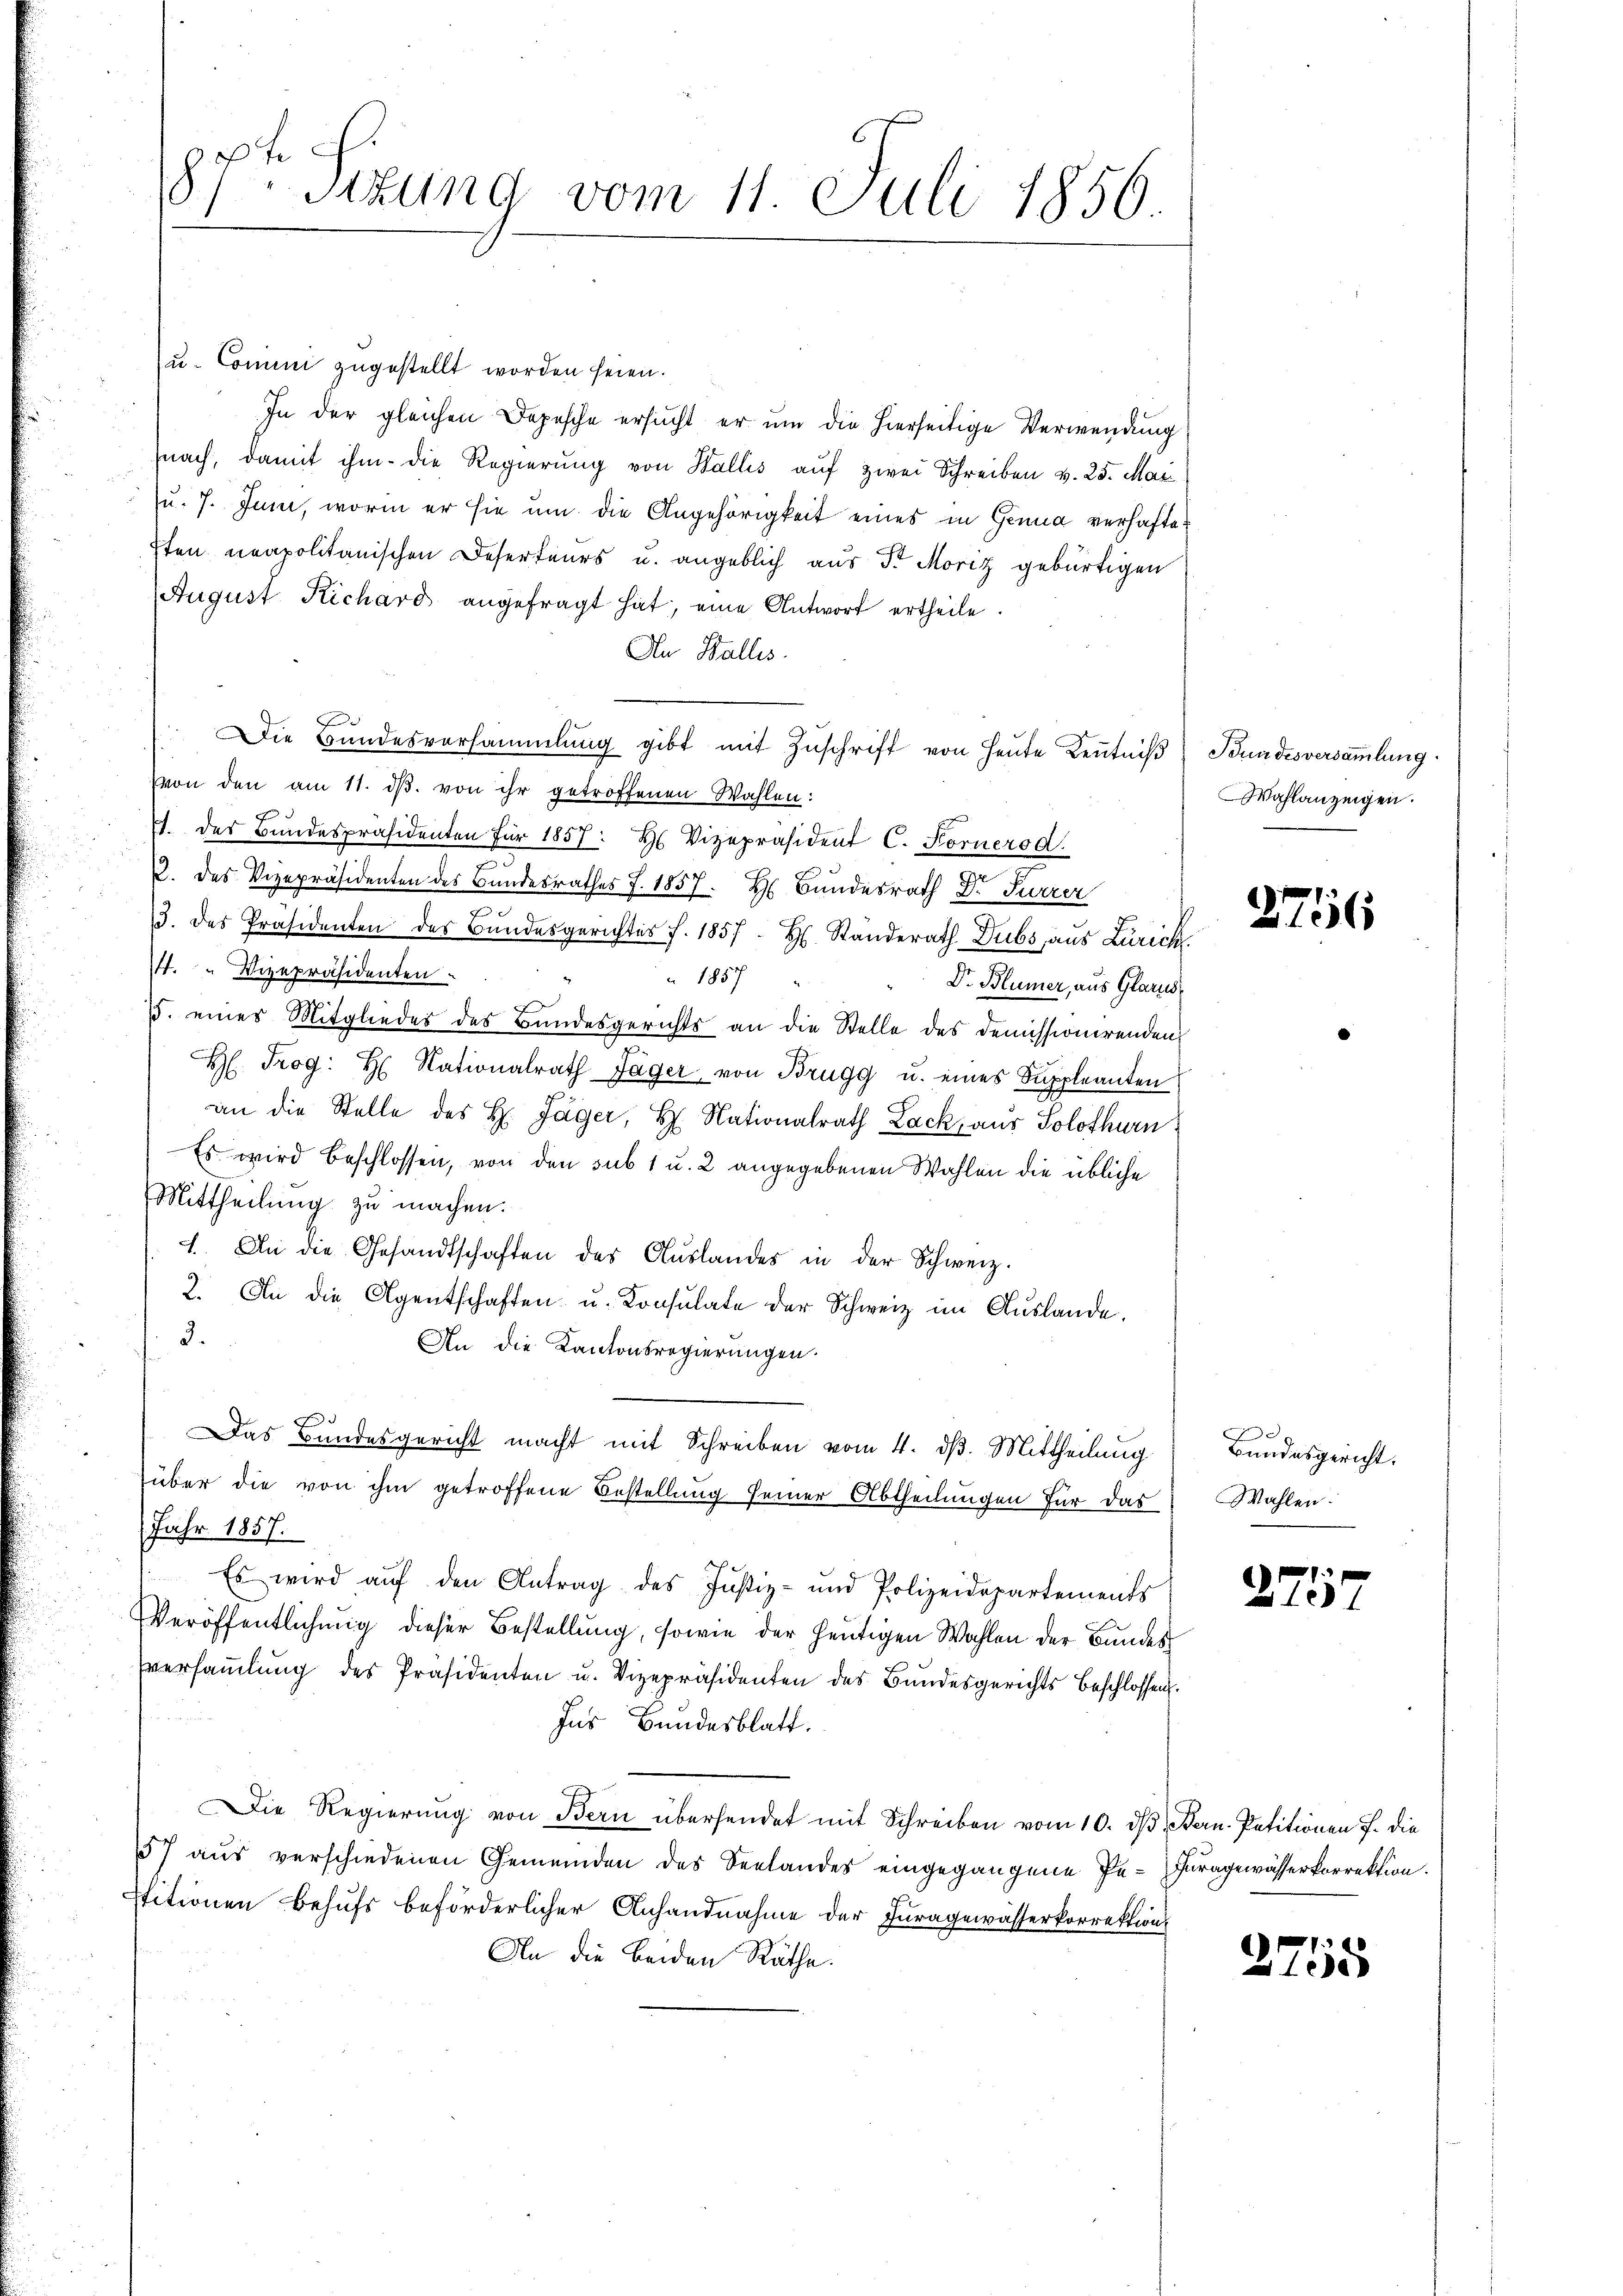
87ten Sizung vom 11. Juli 1856.

Zu- Commi zugestellt worden seien.
In der gleichen Depesche ersucht er um die hierseitige Verwendung
nach, damit ihm die Regierung von Wallis aŭf zwei Schreiben v. 25. Mai
u. 7. Juni, worin er sie um die Angehörigkeit eines in Genua verhafteften neapolitanischen Deserteurs u. angeblich aus Fr. Moriz gebürtigen
August Richard angefragt hat, eine Antwort ertheile.
An Wallis.
Die Bŭndesversammlung gibt mit Zŭschrift von heŭte Keṅtniβ Bundesversammlung
mon den am 11. ds. von ihr getroffenen Wahlen:
. des Bundespräsidenten für 1857: H. Vizepräsident C. Fornerod.
2. des Vizepräsidenten des Bundesrathes J. 1857. H. Bundesrath Dr. Furrer
/3. des Präsidenten des Bundesgerichtes f. 1857. H. Standerath Dubs aus Zürich
4. " Vizepräsidenten.
 1857
Dr. Blümer, aus Glarus,
15. eines Mitgliedes des Bundesgerichts an die Stelle des Demissionirenden
 Trog: H. Nationalrath Jäger von Brugg u. eines Suppleanten
an die Stelle des H. Jäger, H. Nationalrath Lack, aus Solothurn
Es wird beschlossen, von den sub 1 u. 2 angegebenen Wahlen die übliche
Mittheilung zu machen.
1. An die Gesandtschaften des Aŭslandes in der Schweiz.
2. An die Agentschaften u. Konsulate der Schweiz im Auslande.
3.
An die Kantonsregierungen.
Das Bundesgericht macht mit Schreiben vom 4. dβ. Mittheilung
über die von ihm getroffene Bestellŭng seiner Abtheilŭngen für das Wahlen.
Jahr 1857.
Es wird auf den Antrag des Justiz- und Polizeidepartements
Veröffentlichung dieser Bestellung, sowie der heutigen Wahlen der Bundes
versammlung des Präsidenten u. Vizepräsidenten des Bundesgerichts beschlossen.
Ins Bundesblatt.
Die Regierŭng von Bern übersendet mit Schreiben vom 10. dβ. Bern. Petitionen f. die
17 aus verschiedenen Gemeinden des Seelandes eingegangene Pe-Iuragewässerkorrektion.
stitionen Behufs beförderlicher Anhandnahme der Juragewässerkorrektion
An die beiden Räthe.

Wahlanzeigen.

2756

Bundesgericht.

2757

2755